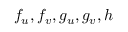
f _ { u } , f _ { v } , g _ { u } , g _ { v } , h